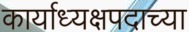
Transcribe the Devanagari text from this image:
कार्याध्यक्षपदाच्या